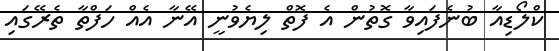
ކްލޯޑިއާ ބުނެފައިވާ ގޮތުން އެ ފޮތް ލިޔެވުނީ އޭނާ އެއް ހަފްތާ ތެރޭގައި